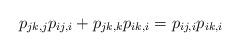
LaTeX: \begin{align*}p_{jk,j}p_{ij,i}+p_{jk,k}p_{ik,i}=p_{ij,i}p_{ik,i}\end{align*}